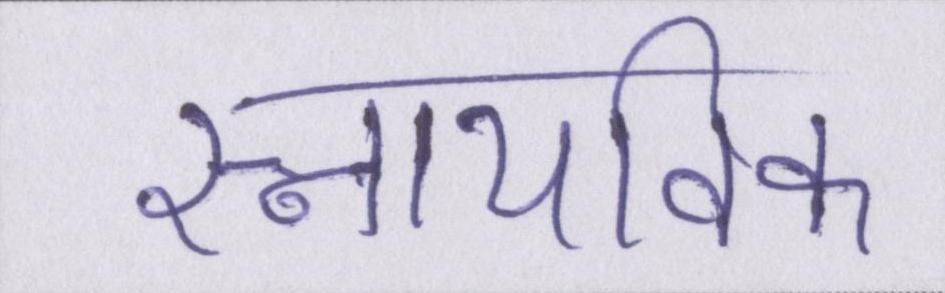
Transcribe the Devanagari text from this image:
स्नायविक